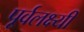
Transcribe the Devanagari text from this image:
पूर्वलक्ष्यी